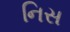
નિસ